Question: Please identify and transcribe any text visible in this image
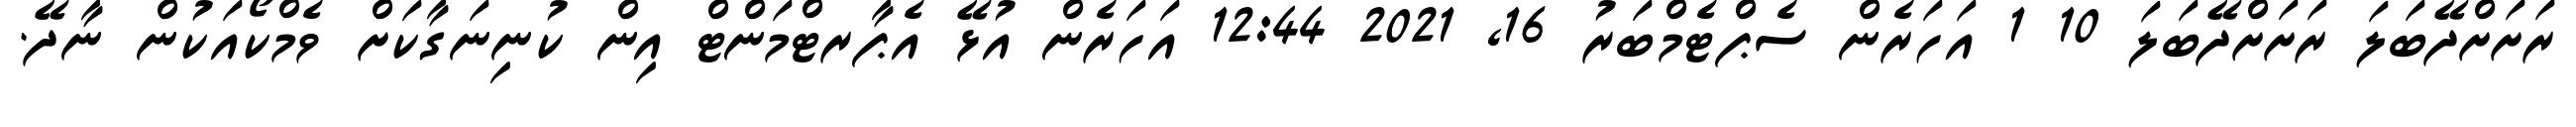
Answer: ރަށަށްދޭބަލަ ރަށަށްދޭބަލަ 10 1 އަހަރެން ސެޕްޓެމްބަރު 16, 2021 12:44 އަހަރެން އުޅޭ އެޕާރޓްމަންޓް އިން ކުނިނަގާކަށް ވެމްކޯއަކުން ނާދޭ.